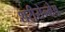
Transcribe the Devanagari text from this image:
शरीरोन्मेष